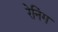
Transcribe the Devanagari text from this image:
रेनिंग